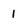
Character: 1